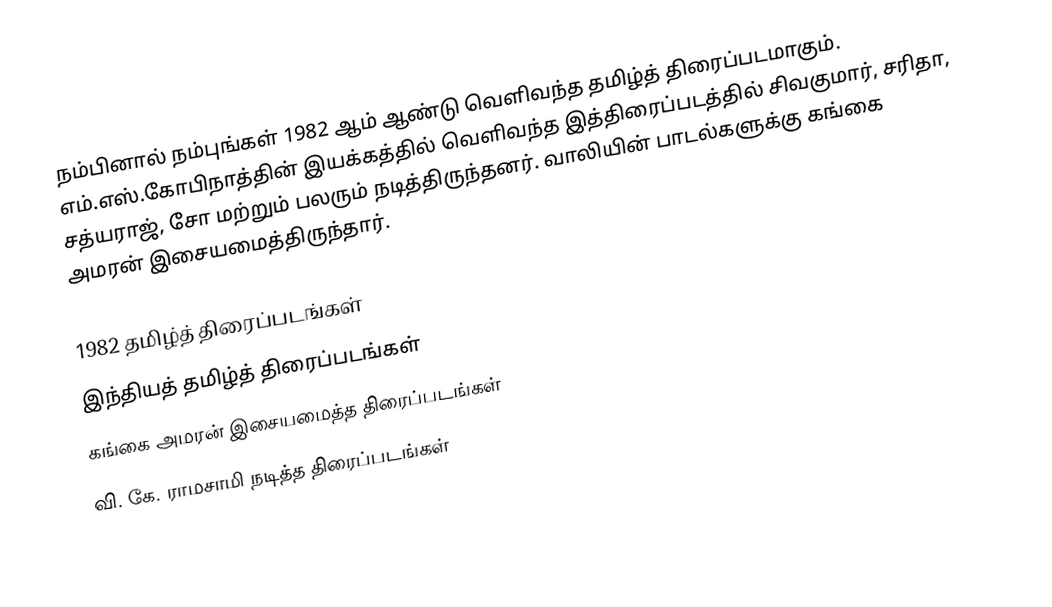
நம்பினால் நம்புங்கள் 1982 ஆம் ஆண்டு வெளிவந்த தமிழ்த் திரைப்படமாகும். எம்.எஸ்.கோபிநாத்தின் இயக்கத்தில் வெளிவந்த இத்திரைப்படத்தில் சிவகுமார், சரிதா, சத்யராஜ், சோ மற்றும் பலரும் நடித்திருந்தனர். வாலியின் பாடல்களுக்கு கங்கை அமரன் இசையமைத்திருந்தார்.

1982 தமிழ்த் திரைப்படங்கள்
இந்தியத் தமிழ்த் திரைப்படங்கள்
கங்கை அமரன் இசையமைத்த திரைப்படங்கள்
வி. கே. ராமசாமி நடித்த திரைப்படங்கள்